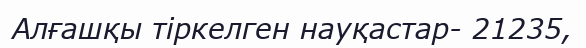
Алғашқы тіркелген науқастар- 21235,